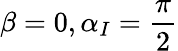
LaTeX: \beta=0,\alpha_{I}=\frac{\pi}{2}